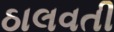
ઠાલવતી